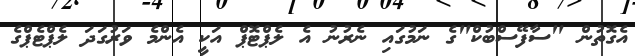
އެގޮތުން "ސާފޭސްބުކް"ގެ ނަމުގައި ނެރުނު އެ ލެޕްޓޮޕް އަކީ އެންމެ ވަރުގަދަ ލެޕްޓެޕްގެ